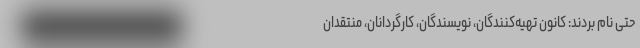
حتی نام بردند: کانون تهیه‌کنندگان، نویسندگان، کارگردانان، منتقدان